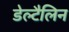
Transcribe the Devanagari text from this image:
डेल्टैलिन